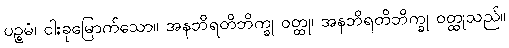
ပဉ္စမံ၊ ငါးခုမြောက်သော။ အနဘိရတိဘိက္ခု ဝတ္ထု၊ အနဘိရတိဘိက္ခု ဝတ္ထုသည်။